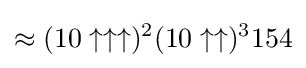
\approx (10\uparrow \uparrow \uparrow )^{2}(10\uparrow \uparrow )^{3}154